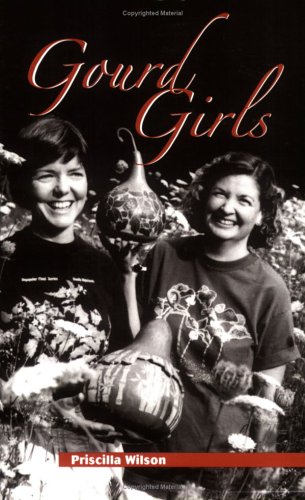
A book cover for Gourd Girls; Priscilla Wilson; Gay & Lesbian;